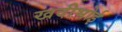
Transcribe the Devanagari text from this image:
खदीभोई